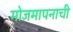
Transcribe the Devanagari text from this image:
मोजमापनाची